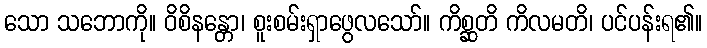
သော သဘောကို။ ဝိစိနန္တော၊ စူးစမ်းရှာဖွေလသော်။ ကိစ္ဆတိ ကိလမတိ၊ ပင်ပန်းရ၏။